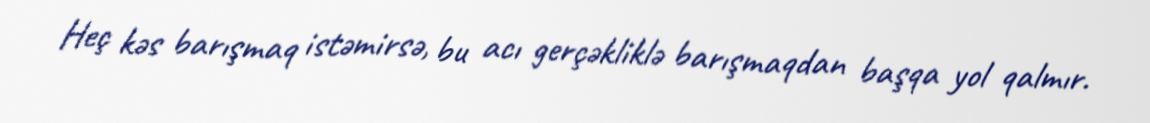
Heç kəs barışmaq istəmirsə, bu acı gerçəkliklə barışmaqdan başqa yol qalmır.